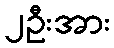
၂ဦးအား